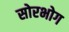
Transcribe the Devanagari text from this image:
सोरभोग